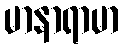
မာနာရာမာ